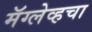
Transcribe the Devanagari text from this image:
मॅग्लेव्हचा